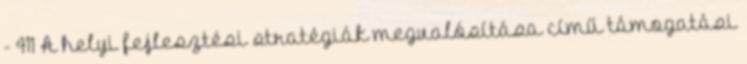
- 411 A helyi fejlesztési stratégiák megvalósítása című támogatási